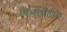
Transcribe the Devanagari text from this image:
विभागतात